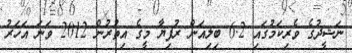
ނަޝީދުގެ ވެރިކަމުގައި 6.2 ބިލިއަން ރުފިޔާ މީގެ އިތުރުން 2012 ވަނަ އަހަރު